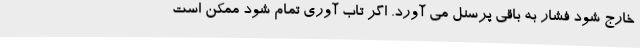
خارج شود فشار به باقی پرسنل می آورد. اگر تاب آوری تمام شود ممکن است